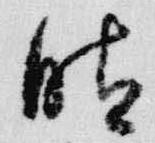
晴